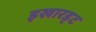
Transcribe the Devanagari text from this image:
इखारड्ट